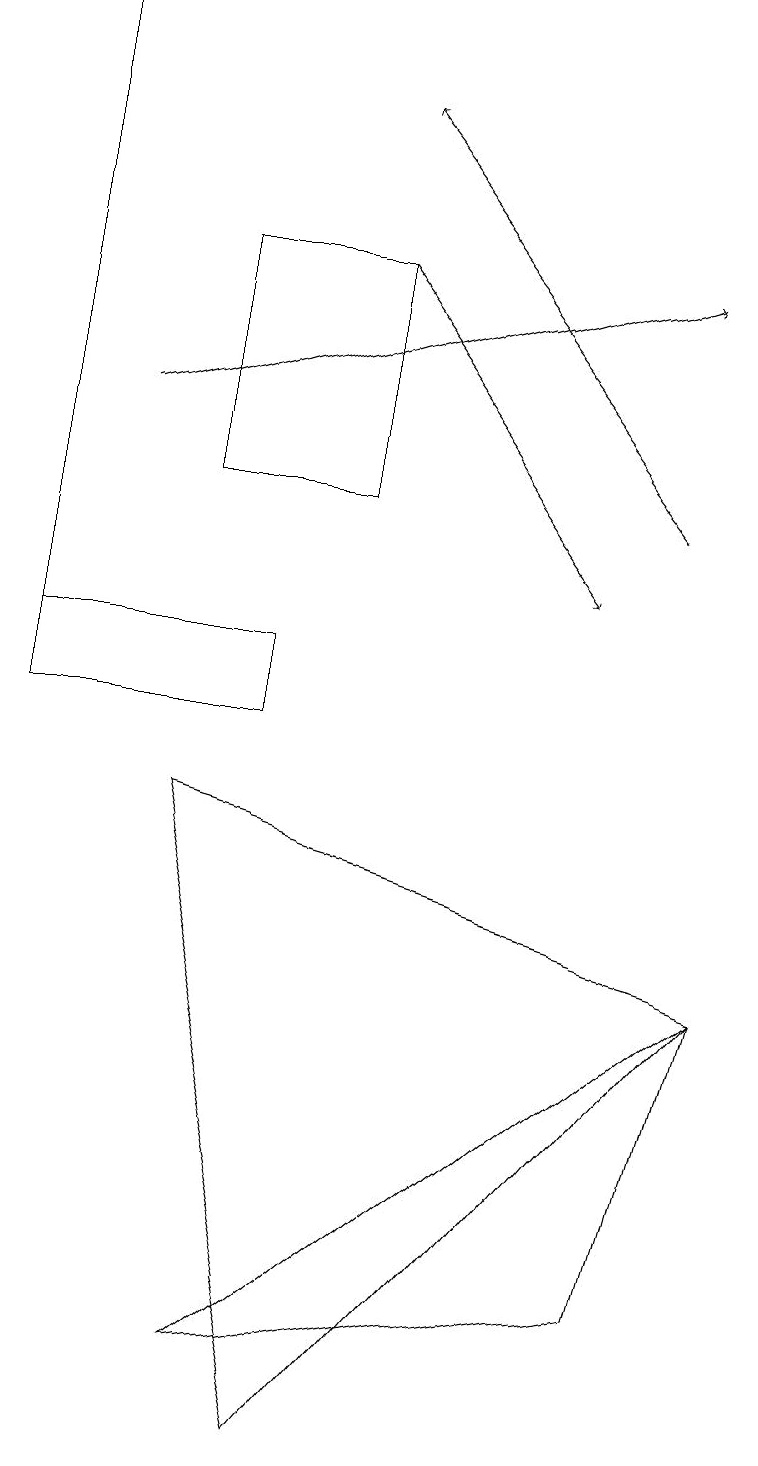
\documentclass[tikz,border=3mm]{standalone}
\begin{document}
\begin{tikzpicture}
\draw[->] (1,14) -- (8,16);
\draw (4,1) -- (9,7) -- (2,9) -- cycle;
\draw (3,10) rectangle (0,11);
\draw (8,3) -- (3,2) -- (9,7) -- cycle;
\draw (0,19) rectangle (0,11);
\draw[->] (4,16) -- (7,12);
\draw (4,13) rectangle (2,16);
\draw[->] (8,13) -- (4,18);
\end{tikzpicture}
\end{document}